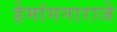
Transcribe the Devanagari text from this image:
हेमांगनाराजे